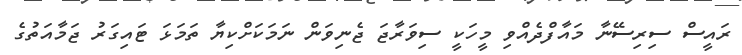
ރައީސް ސިރިސޭނާ މައާފްދެއްވި މީހަކީ ސިވަރާޖަ ޖެނިވަން ނަމަކަށްކިޔާ ތަމަޅަ ޓައިގަރު ޖަމާއަތުގެ